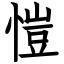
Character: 愷